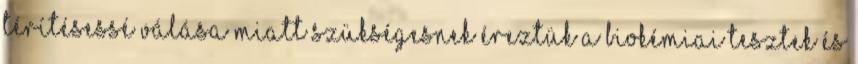
térítésessé válása miatt szükségesnek éreztük a biokémiai tesztek és